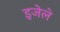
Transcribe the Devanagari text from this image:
इजेले